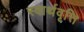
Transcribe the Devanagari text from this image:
स्वार्थवृत्ति